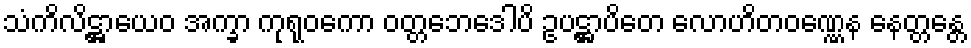
သံကိလိဋ္ဌာယေဝ အက္ခာ ကုရုဝကော ဝတ္တဘေဒေါပိ ဥပဋ္ဌာပိတေ လောဟိတဝဏ္ဏေန နေတ္တန္တေ